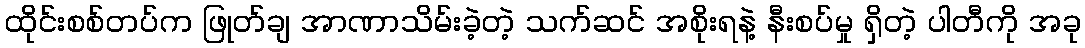
ထိုင်းစစ်တပ်က ဖြုတ်ချ အာဏာသိမ်းခဲ့တဲ့ သက်ဆင် အစိုးရနဲ့ နီးစပ်မှု ရှိတဲ့ ပါတီကို အခု